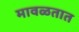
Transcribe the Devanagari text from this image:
मावळतात